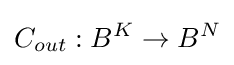
C_{out}:B^{K}\rightarrow B^{N}